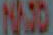
NAND